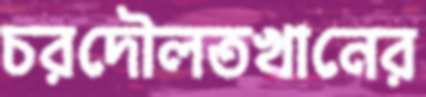
চরদৌলতখানের